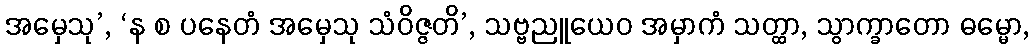
အမှေသု’, ‘န စ ပနေတံ အမှေသု သံဝိဇ္ဇတိ’, သဗ္ဗညူယေဝ အမှာကံ သတ္ထာ, သွာက္ခာတော ဓမ္မော,